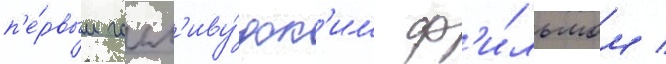
п'е́рвым голл'иву́дск'им ф'и́льмом /